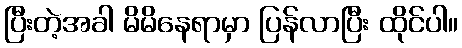
ပြီးတဲ့အခါ မိမိနေရာမှာ ပြန်လာပြီး ထိုင်ပါ။